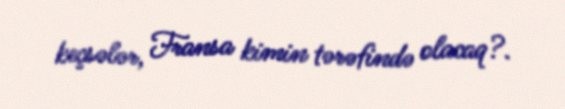
keçsələr, Fransa kimin tərəfində olacaq?.